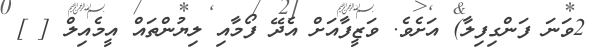
2ވަނަ ފަންގިފިލާ) އަށެވެ. ވަޒީފާއަށް އެދޭ ފޯމާއި ލިޔުންތައް އީމެއިލް [ ]